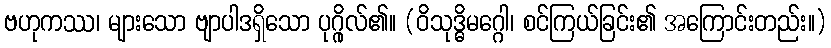
ဗဟုကဿ၊ များသော ဗျာပါဒရှိသော ပုဂ္ဂိုလ်၏။ (ဝိသုဒ္ဓိမဂ္ဂေါ၊ စင်ကြယ်ခြင်း၏ အကြောင်းတည်း။)